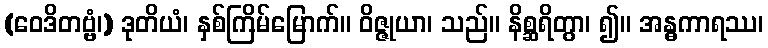
(ဝေဒိတဗ္ဗံ၊) ဒုတိယံ၊ နှစ်ကြိမ်မြောက်။ ဝိဇ္ဇုယာ၊ သည်။ နိစ္ဆရိတွာ၊ ၍။ အန္ဓကာရဿ၊